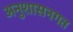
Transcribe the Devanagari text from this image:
अनुशासनगत